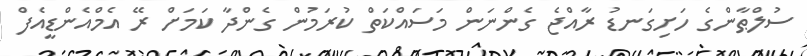
ސުލްޠާންގެ ހަށިގަނޑު ރާއްޖެ ގެންނަން މަސައްކަތް ކުރަމުން ގެންދާ ކަމަށް ރޭ އެމްއެންޑީއެފް